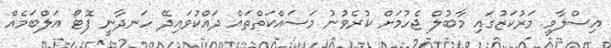
އިސްލާމީ މަރުކަޒުގައި މާބުލް ޖެހުމަށް ކުރެވުނު މަސައްކަތްތައް ދައްކުވައިދޭ ހަނދާނީ ފޮޓޯ އަލްބަމެއް